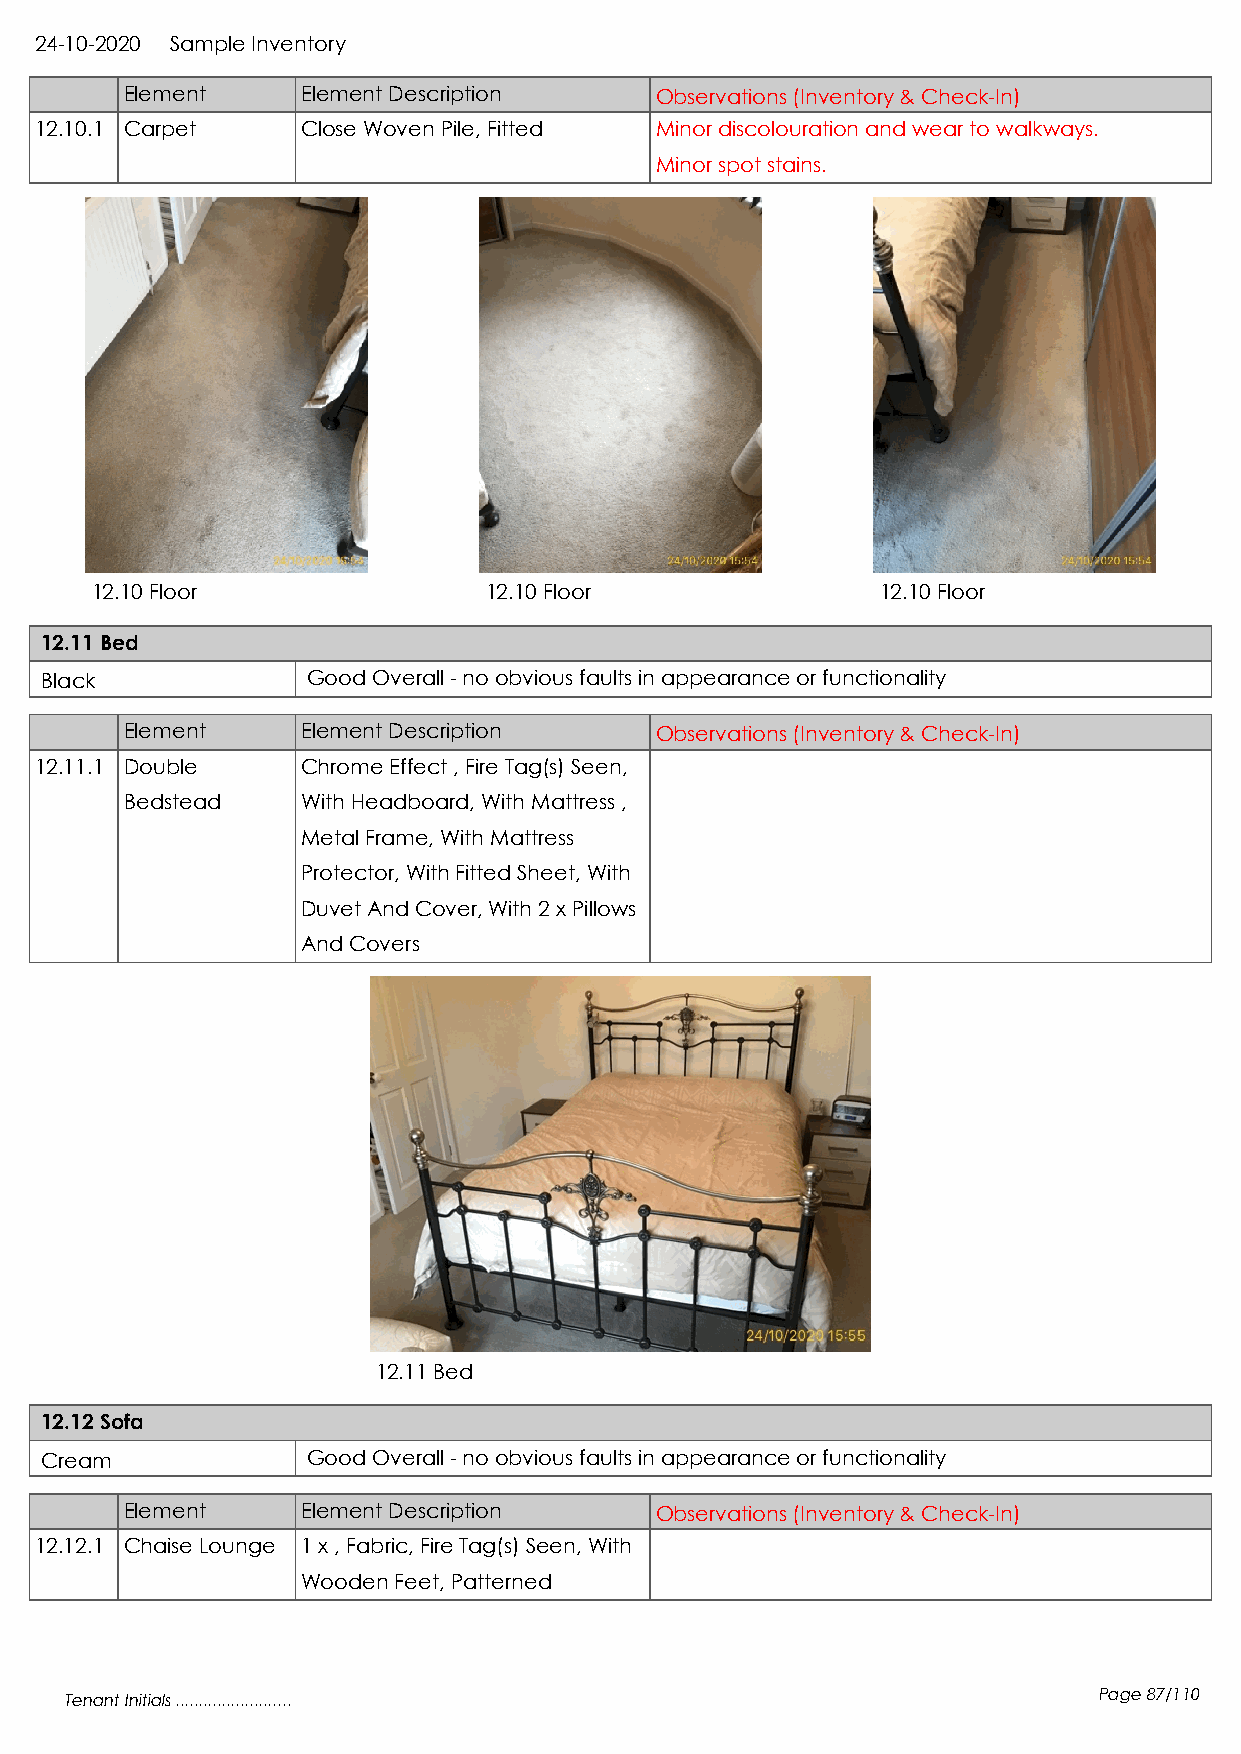
24-10-2020 Sample Inventory
 Element     Element Description    Observations (Inventory & Check-In)
 12.10.1 Carpet    Close Woven Pile, Fitted Minor discolouration and wear to walkways.
 Minor spot stains.
 12.10 Floor               12.10 Floor               12.10 Floor
 12.11 Bed
 Black            Good Overall - no obvious faults in appearance or functionality
 Element     Element Description    Observations (Inventory & Check-In)
 12.11.1 Double    Chrome Effect , Fire Tag(s) Seen,
 Bedstead    With Headboard, With Mattress ,
 Metal Frame, With Mattress
 Protector, With Fitted Sheet, With
 Duvet And Cover, With 2 x Pillows
 And Covers
 12.11 Bed
 12.12 Sofa
 Cream            Good Overall - no obvious faults in appearance or functionality
 Element     Element Description    Observations (Inventory & Check-In)
 12.12.1 Chaise Lounge 1 x , Fabric, Fire Tag(s) Seen, With
 Wooden Feet, Patterned
 Tenant Initials .........................                            Page 87/110